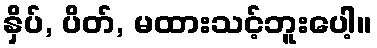
နှိပ်, ပိတ်, မထားသင့်ဘူးပေါ့။